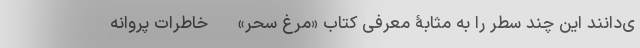
ی‌دانند این چند سطر را به مثابۀ معرفی کتاب «مرغ سحر» - خاطرات پروانه